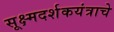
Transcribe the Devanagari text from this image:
सूक्ष्मदर्शकयंत्राचे